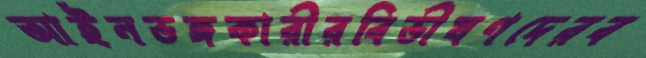
আইনভঙ্গকারীরবিভীষণদেরব